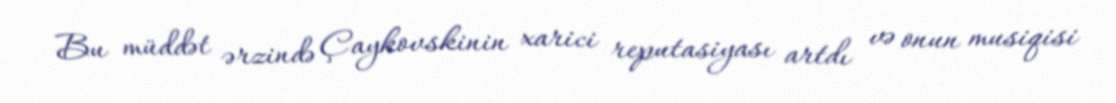
Bu müddət ərzində Çaykovskinin xarici reputasiyası artdı və onun musiqisi